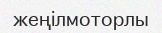
жеңілмоторлы